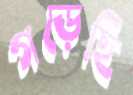
গড়েছি